Vaccination in Burma 1912-1922 - 1912-1922
Year: 1912
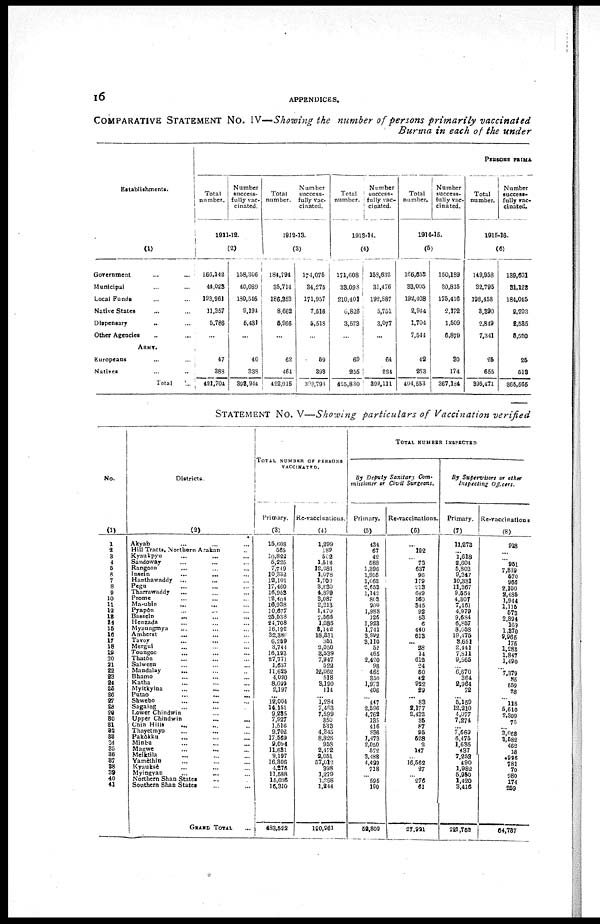
16
APPENDICES.
COMPARATIVE STATEMENT No. IV—Showing the number of persons primarily vaccinated
Burma in each of the under
Establishments.
(1)
Government ... ...
Municipal ... ...
Local Funds ... ...
Native States ... ...
Dispensary ... ...
Other Agencies ... ...
ARMY.
Europeans ... ...
Natives ... ...
Total
...
PERSONS PRIMA
Total
number.
Number
success-
fully vac-
cinated.
1911-12.
(2)
166,142
44,023
193,961
11,357
5,786
...
17
388
421,704
158,306
40,089
130,546
9,194
5,431
...
40
338
398,944
Total
number.
Number
success-
fully vac-
cinated.
1912-13.
(3)
184,794
35,714
186,353
8,662
5,966
...
62
464
422,015
174,075
34,275
171,957
7,516
5,518
...
59
393
393,798
Total
number.
Number
success-
fully vac-
cinated.
1913-14.
(4)
171,608
33,098
210,401
6,826
3,573
...
69
255
425,830
158,632
31,476
192,887
5,751
3,077
...
64
224
892,111
Total
number.
Number
success-
fully vac-
cinated.
1914-15.
(5)
166,658
33,005
192,408
2,944
1,704
7,544
42
253
404,553
150,189
30,815
175,416
2,172
1,509
6,879
30
174
367,184
Total
number.
Number
success-
fully vac-
cinated.
1915-16.
(6)
149,958
32,795
198,458
3,390
2,849
7,341
25
655
395,471
139,601
31,123
184,045
2,203
2,535
5,520
25
513
365,565
STATEMENT No. V—Showing particulars of Vaccination verified
No.
(1)
1
2
3
4
5
6
7
8
9
10
11
12
13
14
15
16
17
18
19
20
21
22
23
24
25
26
27
28
29
30
31
32
33
34
35
36
37
38
39
40
41
Districts.
(2)
Akyab ... ... ...
Hill Tracts, Northern Arakan ...
Kyaukpyu ... ... ...
Sandoway ... ... ...
Rangoon ... ... ...
Insein
...
...
...
Hanthawaddy ... ... ...
Pegu ... ... ...
Tharrawaddy ... ... ...
Prome ... ... ...
Ma-ubin ... ... ...
Pyapôn ... ... ...
Bassein ... ... ...
Henzada ... ... ...
Myaungmya ... ... ...
Amherst ... ... ...
Tavoy ... ... ...
Mergui ... ... ...
Toungoo ... ... ...
Thatôn ... ... ...
Salween ... ... ...
Mandalay ... ... ...
Bhamo ... ... ...
Katha ... ... ...
Myitkyina ... ... ...
Putao ... ... ...
Shwebo ... ... ...
Sagaing ... ... ...
Lower Chindwin ... ... ...
Upper Chindwin ... ... ...
Chin Hills ... ... ...
Thayetmyo ... ... ...
Pakôkku ... ... ...
Minbu ... ... ...
Magwe ... ... ...
Melktila ... ... ...
Yamèthin ... ... ...
Kyauksè ... ... ...
Myingyan ... ... ...
Northern Shan States ... ...
Southern Shan States ... ...
GRAND TOTAL ...
TOTAL NUMBER OF PERSONS
VACCINATED.
Primary.
(3)
15,608
565
10,822
5,225
7,749
10,332
12,101
17,460
16,958
18,404
16,938
10,677
25,538
24,708
16,192
32,380
6,259
3,744
16,193
27,771
1,657
11,625
4,090
8,692
2,197
...
12,004
14,151
9,235
7,927
1,516
9,702
17,569
9,094
11,631
9,197
16,306
4,275
11,588
15,035
16,310
483,522
Re-vaccinations.
(4)
1,299
189
502
1,512
12,281
1,078
1,700
8,230
4,899
3,087
2,213
1,470
7,566
1,085
8,142
18,331
351
2,050
3,539
7,947
522
12,062
518
3,190
114
... 1,284
7,463
7,599
350
533
4,345
8,828
958
2,472
2,051
57,012
398
1,279
1,268
1,244
190,961
TOTAL NUMBER INSPECTED
By Deputy Sanitary
Com-
missioner or Civil
Surgeons.
Primary.
(5)
434
67
42
588
1,396
1,905
1,063
2,653
1,142
808
900
1,988
126
1,923
1,741
3,992
3,110
52
465
2,420
98
465
350
l,973
406
...
447
2,596
4,762
135
416
836
1,473
2,050
572
3,488
4,429
718
...
595
190
52,809
Re-vaccinations.
(6)
...
122
...
73
637
96
179
213
649
160
345
92
53
6
440
613
... 28
14
612
24
60
42
922
29
... 83
2,177
2,432
35
87
95
528
2
147
...
16,562
27
...
276
61
27,921
By Supervisors or other
Inspecting
Offcers.
Primary.
(7)
11,273
... 1,618
2,604
5,803
9,347
10,381
11,367
9,554
4,307
7,461
4,979
9,684
6,857
8,058
19,475
3,651
2,441
7,811
9,565
...
6,670
364
2,964
72
... 5,159
12,210
4,077
7,274
...
7,669
6,475
1,635
437
7,252
490
1,982
5,950
1,420
3,416
221,752
Re-vaccinationas
(8)
928
...
...
951
7,839
570
966
2,100
2,485
1,944
1,115
573
2,894
169
1,370
9,965
175
1,288
1,847
1,490
...
7,379
85
559
28
...
118
5,610
2,399
75
...
3,068
3,582
462
18
926
781
70
980
174
259
64,737